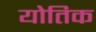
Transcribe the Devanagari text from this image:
योतिक